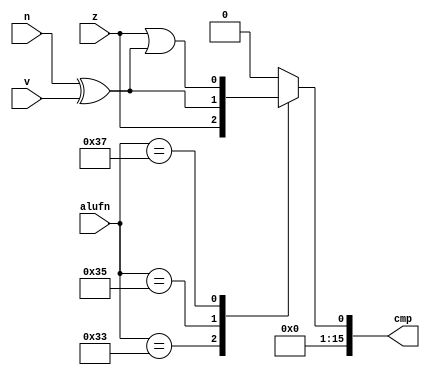
/*
   This file was generated automatically by Alchitry Labs version 1.2.1.
   Do not edit this file directly. Instead edit the original Lucid source.
   This is a temporary file and any changes made to it will be destroyed.
*/

module compare_16 (
    input z,
    input n,
    input v,
    input [5:0] alufn,
    output reg [15:0] cmp
  );
  
  
  
  always @* begin
    cmp[1+14-:15] = 15'h0000;
    
    case (alufn)
      6'h33: begin
        cmp[0+0-:1] = z;
      end
      6'h35: begin
        cmp[0+0-:1] = n ^ v;
      end
      6'h37: begin
        cmp[0+0-:1] = z | (n ^ v);
      end
      default: begin
        cmp[0+0-:1] = 1'h0;
      end
    endcase
  end
endmodule